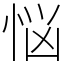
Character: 悩